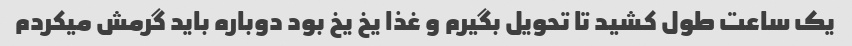
یک ساعت طول کشید تا تحویل بگیرم و غذا یخ یخ بود دوباره باید گرمش میکردم